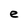
Character: e